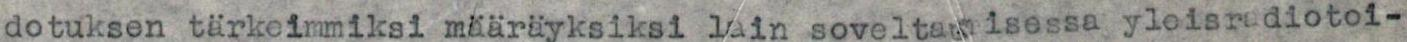
dotuksen tärkeimmiksi määräyksiksi lain soveltamisessa yleisradiotoi-